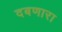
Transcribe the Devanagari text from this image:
दबणारा